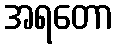
အရတော